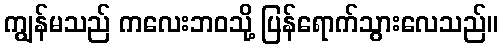
ကျွန်မသည် ကလေးဘဝသို့ ပြန်ရောက်သွားလေသည်။